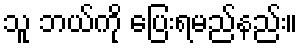
သူ ဘယ်ကို ပြေးရမည်နည်း။